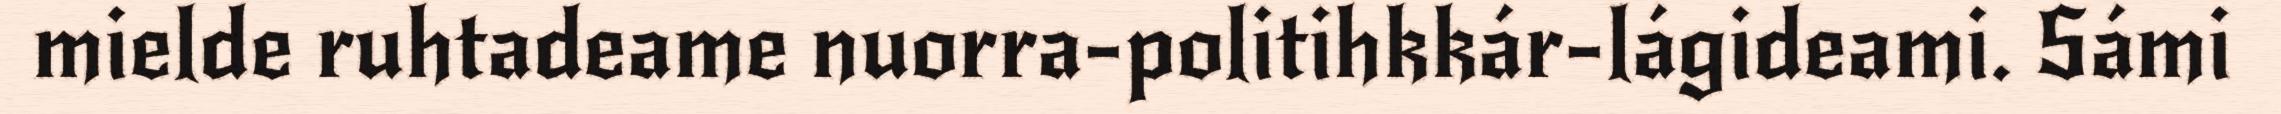
mielde ruhtadeame nuorra-politihkkár-lágideami. Sámi